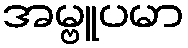
အမ္ဗူပမာ